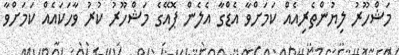
މަޝްހޫރު ލިޔުންތެރިއެއް ކަމަށްވާ އެޑްގާ އެލެން ޕޮއޭގެ މަޝްހޫރު ކުރު ވާހަކައެއް ކަމަށްވާ